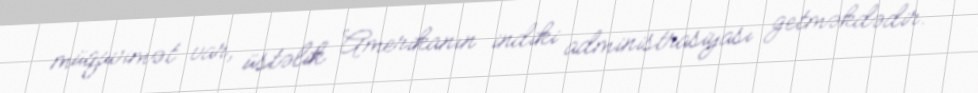
müqavimət var, üstəlik Amerikanın indiki administrasiyası getməkdədir.